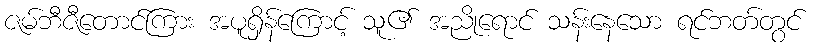
ဇမ်ဘီဇီတောင်ကြား အပူရှိန်ကြောင့် သူ၏ အညိုရောင် သန်းနေသော ရင်ဘတ်တွင်